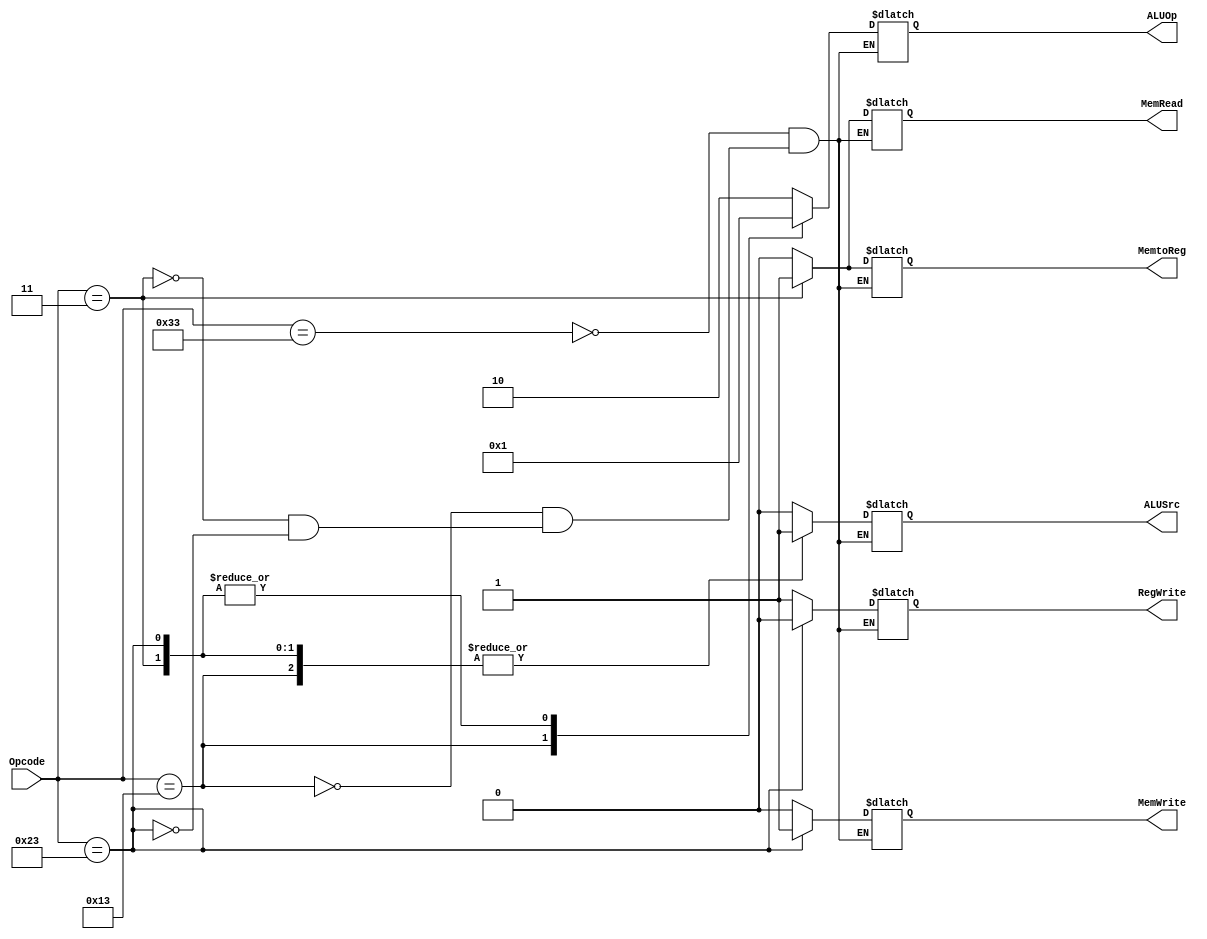
// Calla Chen
// File for Controller - Lab #5
`timescale 1ns / 1ps
//////////////////////////////////////////////////////////////////////////////////
// Module Name: Controller 
//////////////////////////////////////////////////////////////////////////////////

module Controller(Opcode, ALUSrc, MemtoReg, RegWrite, MemRead, MemWrite, ALUOp);

// Defining input and outputs
    input[6:0] Opcode;
    output reg[1:0] ALUOp;
    output reg RegWrite;
    output reg ALUSrc;
    output reg MemRead;
    output reg MemWrite;
    output reg MemtoReg;
    
// Defining Controller Module's Behavior
    always @(*)
        begin
            case(Opcode)
                7'b0110011: 
                    begin
                        MemtoReg = 1'b0;
                        MemWrite = 1'b0;
                        MemRead = 1'b0;
                        ALUSrc = 1'b0;
                        RegWrite = 1'b1;
                        ALUOp = 2'b10;
                     end
        
                7'b0010011:
                    begin
                        MemtoReg = 1'b0;
                        MemWrite = 1'b0;
                        MemRead = 1'b0;
                        ALUSrc = 1'b1;
                        RegWrite = 1'b1;
                        ALUOp = 2'b00;
                    end
        
                7'b0000011:
                    begin
                        MemtoReg = 1'b1;
                        MemWrite = 1'b0;
                        MemRead = 1'b1;
                        ALUSrc = 1'b1;
                        RegWrite = 1'b1;
                        ALUOp = 2'b01;
                    end
        
                7'b0100011:
                    begin
                        MemtoReg = 1'b0;
                        MemWrite = 1'b1;
                        MemRead = 1'b0;
                        ALUSrc = 1'b1;
                        RegWrite = 1'b0;
                        ALUOp = 2'b01;
                    end 
             endcase
        end   
endmodule